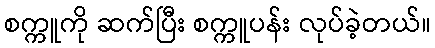
စက္ကူကို ဆက်ပြီး စက္ကူပန်း လုပ်ခဲ့တယ်။